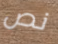
نص